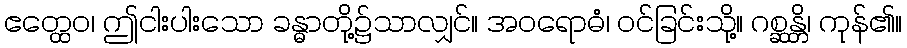
ဧတ္ထေဝ၊ ဤငါးပါးသော ခန္ဓာတို့၌သာလျှင်။ အဝရောဓံ၊ ဝင်ခြင်းသို့။ ဂစ္ဆန္တိ၊ ကုန်၏။